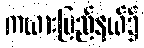
ကယားပြည်နယ်၌